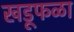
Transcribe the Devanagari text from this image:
खडूफळा